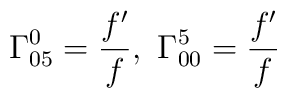
\Gamma^0_{05}=\frac{f'}{f},\ \Gamma_{00}^5=\frac{f'}{f}